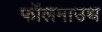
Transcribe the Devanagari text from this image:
फॉलमाउथ